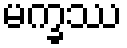
မက္ခဿ